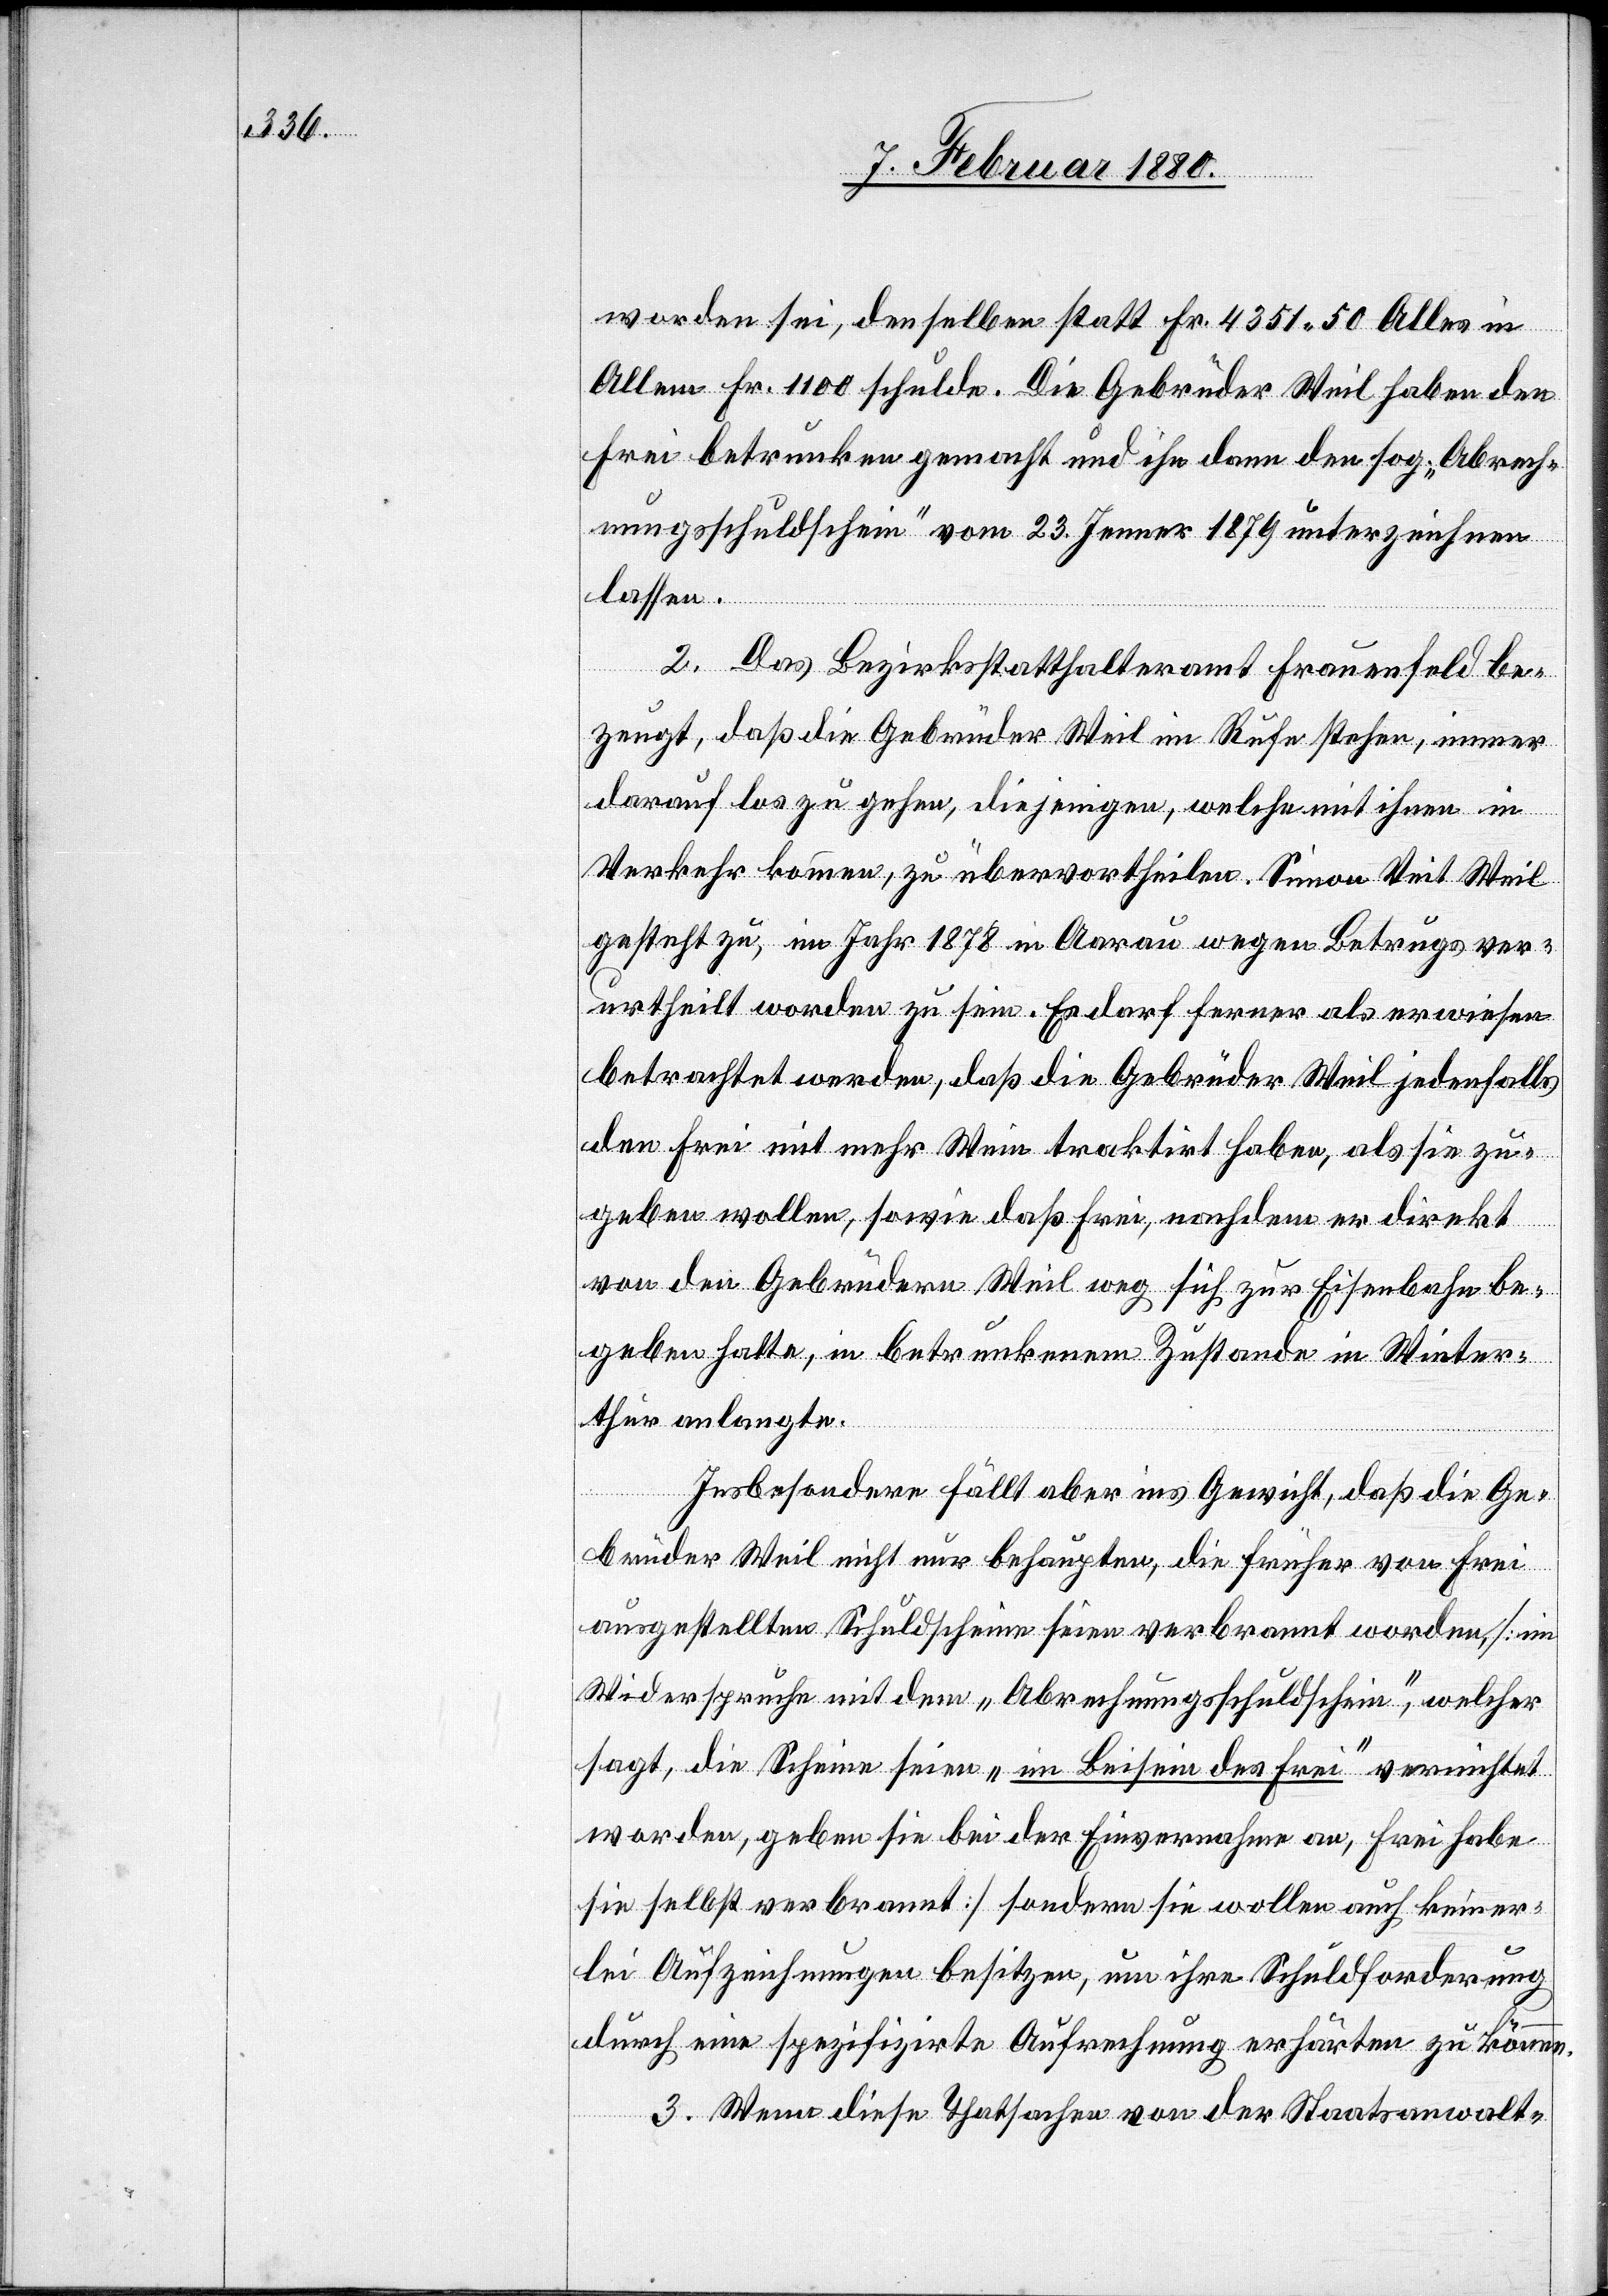
worden sei, denselben statt Fr. 4351.50 Alles in
Allem Fr. 1100 schulde. Die Gebrüder Weil haben den
Frei betrunken gemacht und ihn dann den sog „Abrech¬
nungsschuldschein“ vom 23. Jenner 1879 unterzeichnen
lassen.
2. Das Bezirksstatthalteramt Frauenfeld be¬
zeugt, daß die Gebrüder Weil im Rufe stehen, immer
darauf los zu gehen, diejenigen, welche mit ihnen in
Verkehr kommen, zu übervortheilen. Simon Veit Weil
gesteht zu, im Jahr 1878 in Aarau wegen Betrugs ver¬
urtheilt worden zu sein. Es darf ferner als erwiesen
betrachtet werden, daß die Gebrüder Weil jedenfalls
den Frei mit mehr Wein traktirt haben, als sie zu¬
geben wollen, sowie daß Frei, nachdem er direkt
von den Gebrüdern Weil weg sich zur Eisenbahn be¬
geben hatte, in betrunkenem Zustande in Winter¬
thur anlangte.
Insbesondere fällt aber ins Gewicht, daß die Ge¬
brüder Weil nicht nur behaupten, die früher von Frei
ausgestellten Schuldscheine seien verbrannt worden, [im
Widerspruche mit dem „Abrechnungsschuldschein“, welcher
sagt, die Scheine seien „im Beisein des Frei“ vernichtet
worden, geben sie bei der Einvernahme an, Frei habe
sie selbst verbrannt] sondern sie wollen auch keiner¬
lei Aufzeichnungen besitzen, um ihre Schuldforderung
durch eine spezifische Aufrechnung erhärten zu können.
3. Wenn diese Thatsachen von der Staatsanwalt-